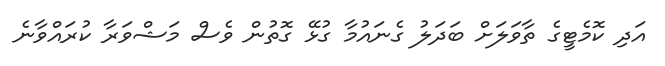
އަދި ކޮމެޓީގެ ތާވަލަށް ބަދަލު ގެނައުމާ ގުޅޭ ގޮތުން ވެސް މަޝްވަރާ ކުރައްވާނެ